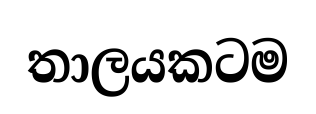
තාලයකටම